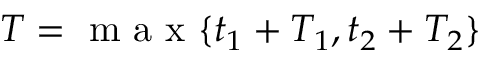
T = \mathrm { ~ m ~ a ~ x ~ } \{ t _ { 1 } + T _ { 1 } , t _ { 2 } + T _ { 2 } \}